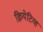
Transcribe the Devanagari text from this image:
क्रियेटिव्ह